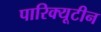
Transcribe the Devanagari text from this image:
पारिक्यूटीन